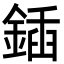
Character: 鍤